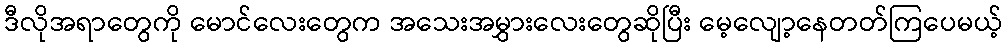
ဒီလိုအရာတွေကို မောင်လေးတွေက အသေးအမွှားလေးတွေဆိုပြီး မေ့လျော့နေတတ်ကြပေမယ့်